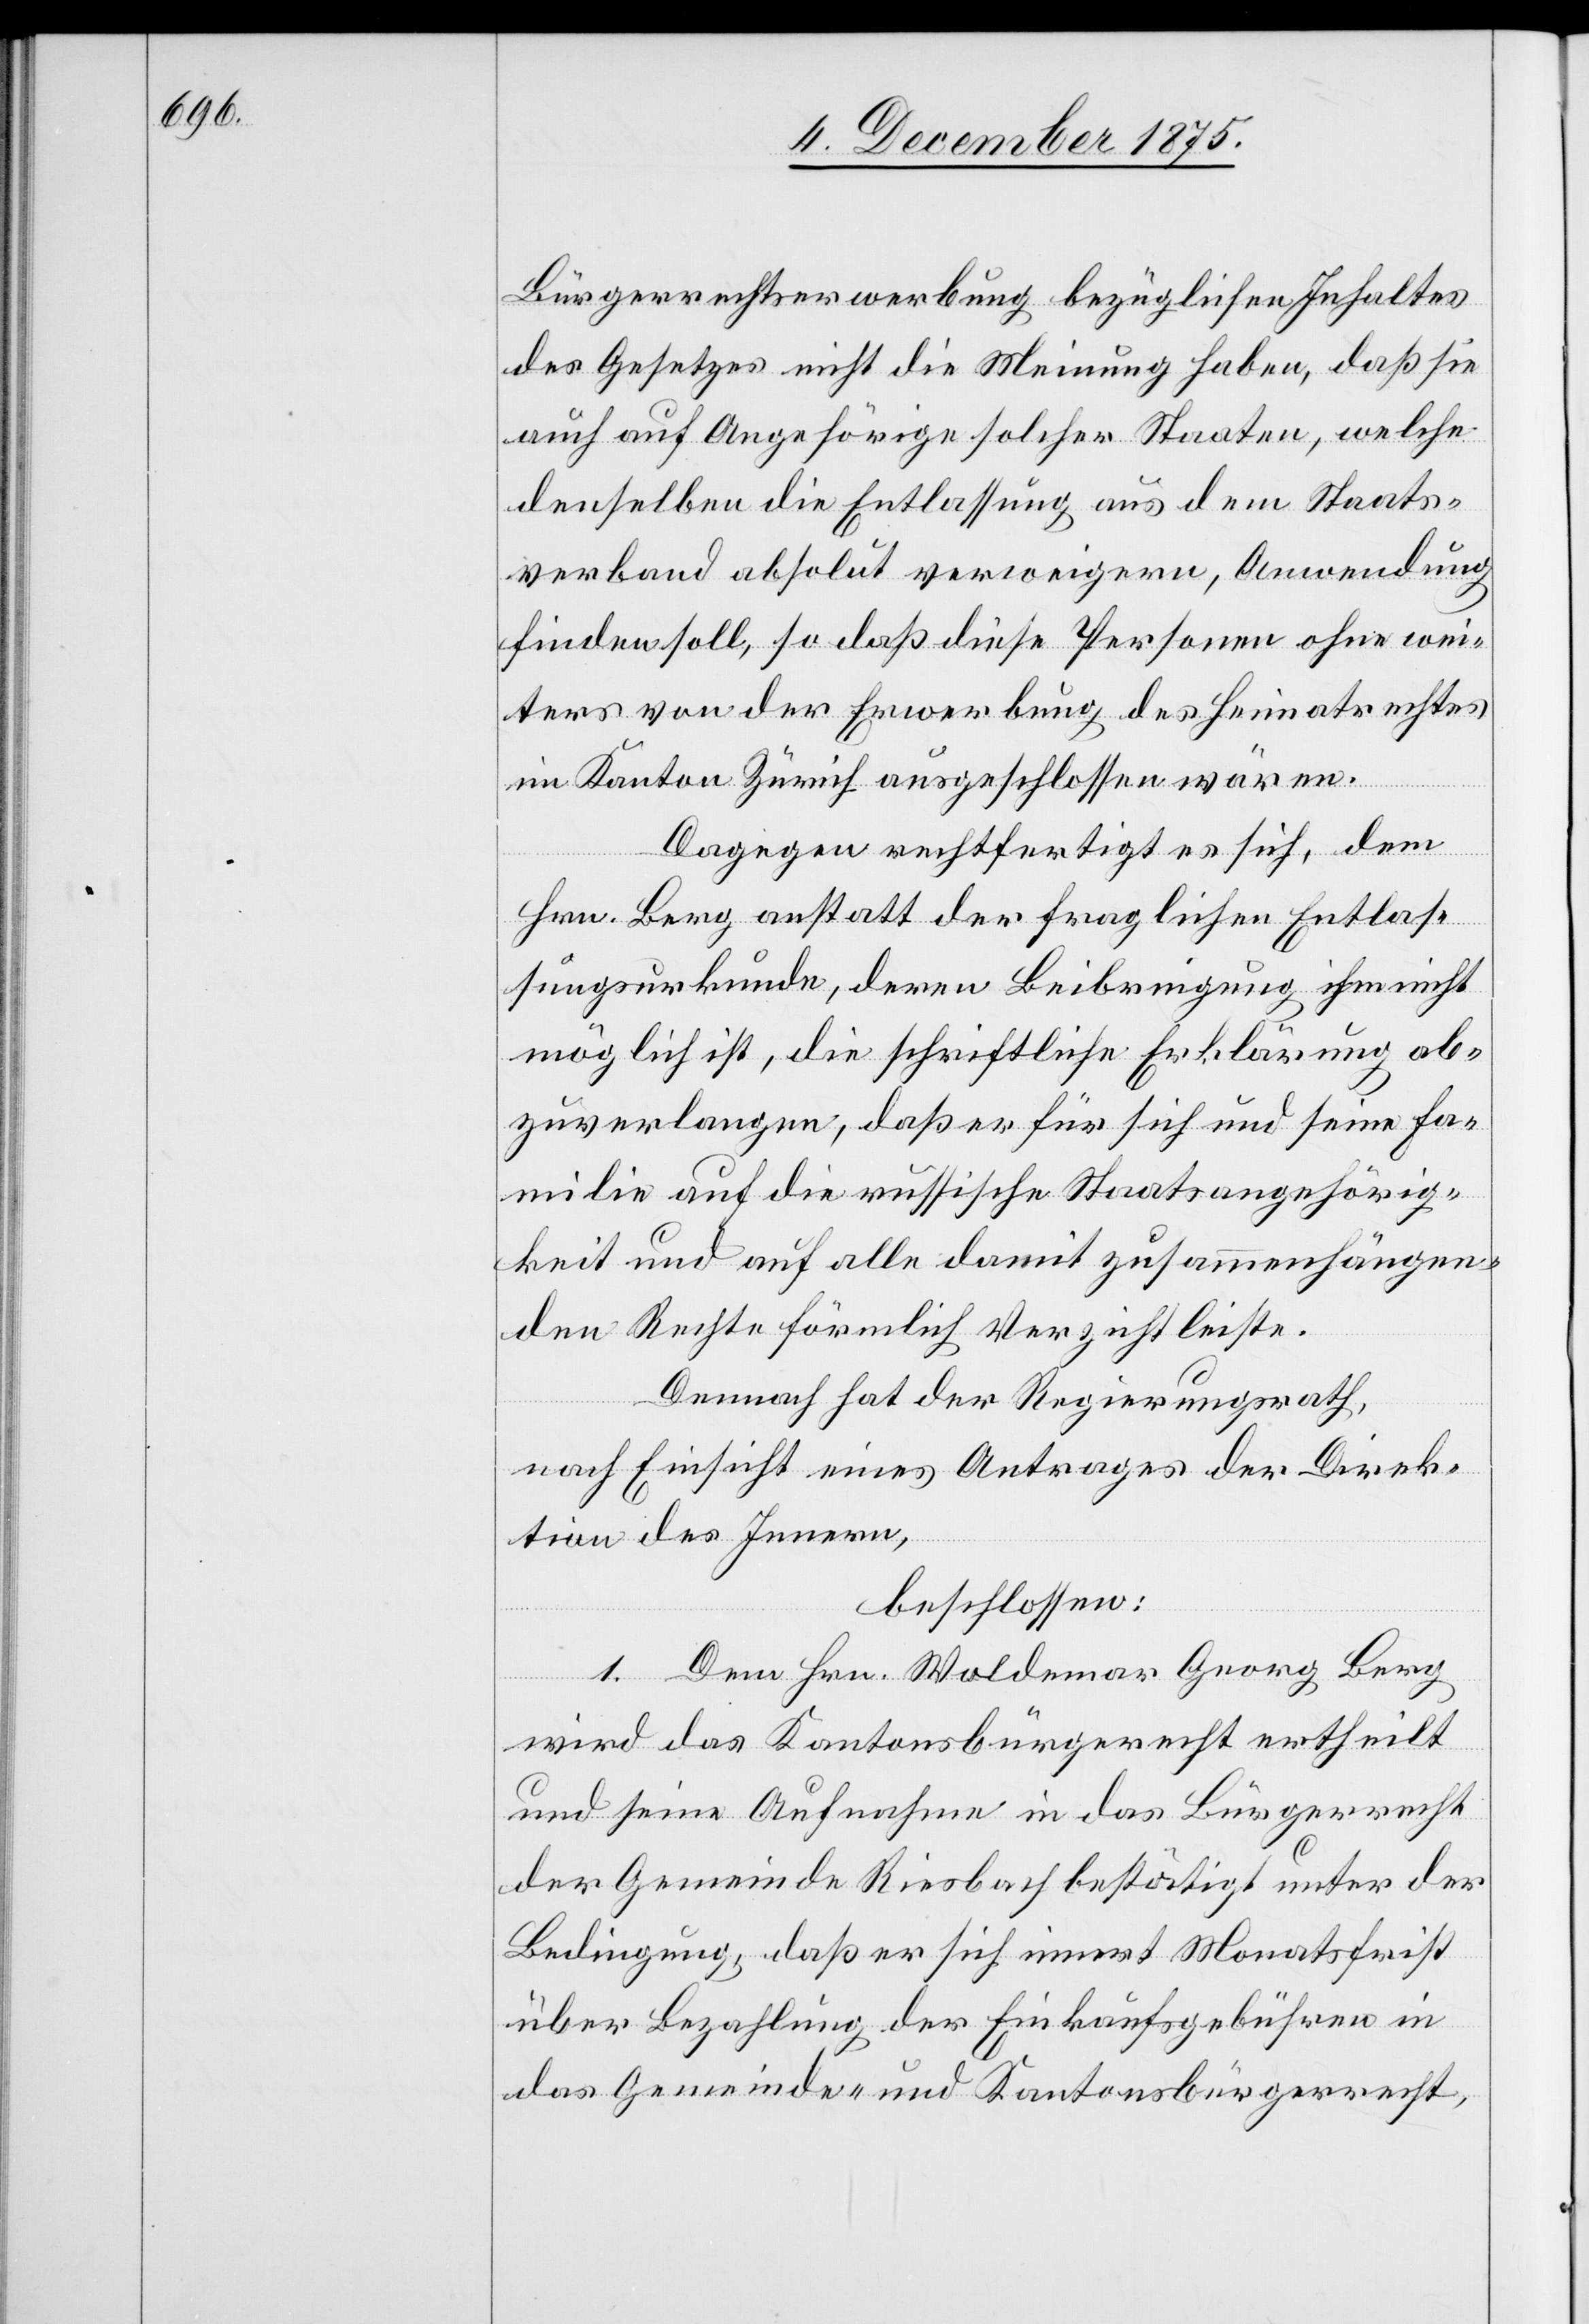
Bürgerrechtserwerbung bezüglichen Inhaltes
des Gesetzes nicht die Meinung haben, daß sie
auch auf Angehörige solcher Staaten, welche
denselben die Entlassung aus dem Staats¬
verband absolut verweigern, Anwendung
finden soll, so daß diese Personen ohne wei¬
ter[e]s von der Erwerbung des Heimatrechtes
im Kanton Zürich ausgeschlossen wären.
Dagegen rechtfertigt es sich, dem
Hrn. Berg anstatt der fraglichen Entlas¬
sungsurkunde, deren Beibringung ihm nicht
möglichst ist, die schriftliche Erklärung ab¬
zuverlangen, daß er für sich und seine Fa¬
milie auf die russische Staatsangehörig¬
keit und auf alle damit zusammenhängen¬
den Rechte förmlich Verzicht leiste.
Demnach hat der Regierungsrath,
nach Einsicht eines Antrages der Direk¬
tion des Innern,
beschlossen:
1. Dem Hrn. Waldemar Georg Berg
wird das Kantonsbürgerrecht ertheilt
und seine Aufnahme in das Bürgerrecht
der Gemeinde Riesbach bestätigt unter der
Bedingung , daß er sich innert Monatsfrist
über Bezahlung der Einkaufsgebühren in
das Gemeinde- und Kantonsbürgerrecht,